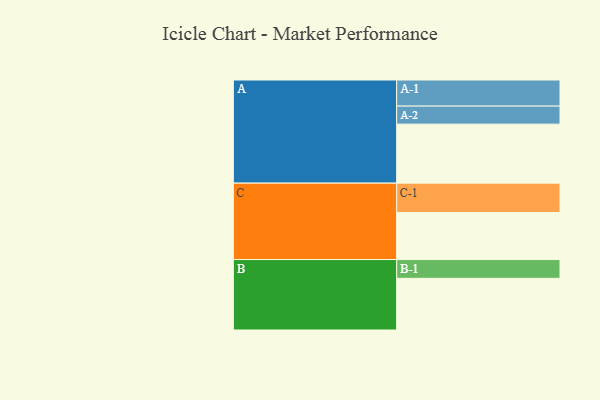
{"axis": {"x": "Segment", "y": "Value"}, "legend": ["", "A", "B", "C"], "data": [{"x": "A", "y": 563, "type": ""}, {"x": "B", "y": 493, "type": ""}, {"x": "C", "y": 449, "type": ""}, {"x": "A-1", "y": 249, "type": "A"}, {"x": "A-2", "y": 172, "type": "A"}, {"x": "B-1", "y": 179, "type": "B"}, {"x": "C-1", "y": 280, "type": "C"}]}